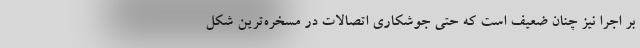
بر اجرا نیز چنان ضعیف است که حتی جوشکاری اتصالات در مسخره‌ترین شکل